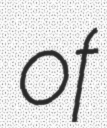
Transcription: of